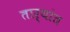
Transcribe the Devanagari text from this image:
ताऱ्यांत